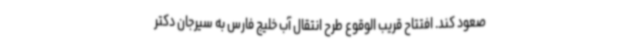
صعود کند. افتتاح قریب الوقوع طرح انتقال آب خلیج فارس به سیرجان دکتر